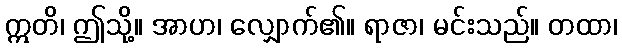
ဣတိ၊ ဤသို့။ အာဟ၊ လျှောက်၏။ ရာဇာ၊ မင်းသည်။ တထာ၊